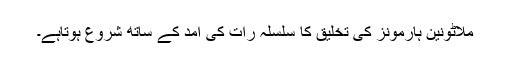
ملاٹونین ہارمونز کی تخلیق کا سلسلہ رات کی آمد کے ساتھ شروع ہوتاہے۔